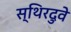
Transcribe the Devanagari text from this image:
स्थिरदुवे